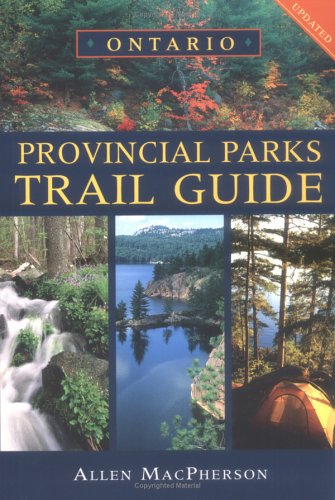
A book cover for Ontario Provincial Parks Trail Guide; Allen MacPherson; Travel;